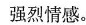
强烈情感。